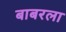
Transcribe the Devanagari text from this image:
बाबरला